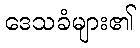
ဒေသခံများ၏